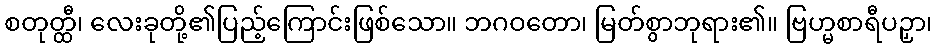
စတုတ္ထီ၊ လေးခုတို့၏ပြည့်ကြောင်းဖြစ်သော။ ဘဂဝတော၊ မြတ်စွာဘုရား၏။ ဗြဟ္မစာရီပဉှာ၊